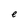
Character: e